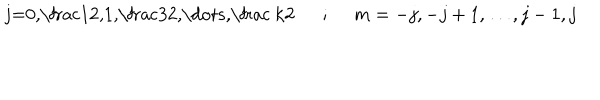
\mathrm { ~ j = 0 , \frac 1 2 , 1 , \frac 3 2 , \dots , \frac ~ k 2 ~ } ~ ~ ; ~ ~ m = - j , - j + 1 , \dots , j - 1 , j